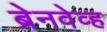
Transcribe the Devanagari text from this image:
ब्रेनवेव्ह